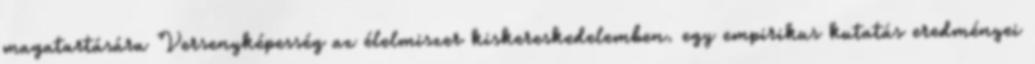
magatartására Versenyképesség az élelmiszer kiskereskedelemben. egy empirikus kutatás eredményei